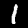
Label: 1